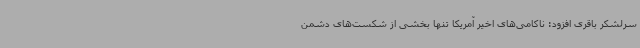
سرلشکر باقری افزود: ناکامی‌های اخیر آمریکا تنها بخشی از شکست‌های دشمن